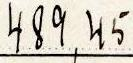
489,45